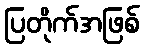
ပြတိုက်အဖြစ်